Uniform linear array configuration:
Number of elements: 8
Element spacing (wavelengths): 0.75
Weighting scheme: hann
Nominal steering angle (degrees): -15
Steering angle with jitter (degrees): -16.178
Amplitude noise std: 0.05
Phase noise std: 0.05

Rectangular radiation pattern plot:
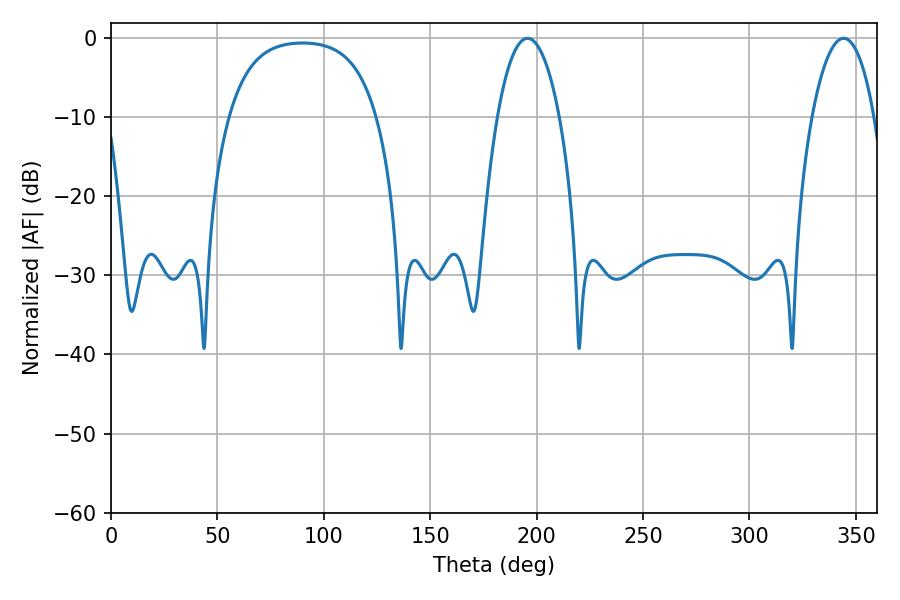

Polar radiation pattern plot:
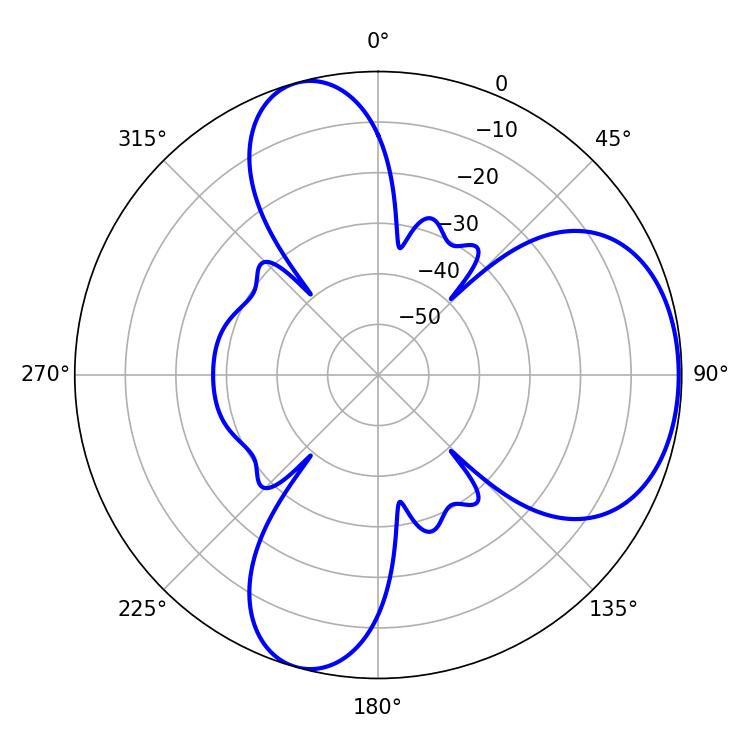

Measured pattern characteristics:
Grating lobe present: TRUE
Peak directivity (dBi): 5.783
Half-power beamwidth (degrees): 16.38
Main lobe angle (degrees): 195.66